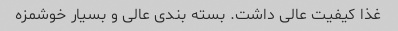
غذا کیفیت عالی داشت. بسته بندی عالی و بسیار خوشمزه